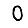
Digit: 0